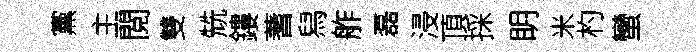
黨主閲雙兟鏤蓍舄舴磊浸頂採眀米杓蠻